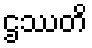
ဌဿတိ